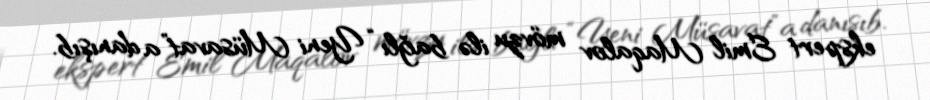
ekspert Emil Maqalov mövzu ilə bağlı “Yeni Müsavat”a danışıb.